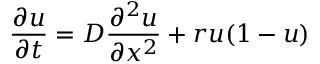
\frac { \partial u } { \partial t } = D \frac { \partial ^ { 2 } u } { \partial x ^ { 2 } } + r u ( 1 - u )